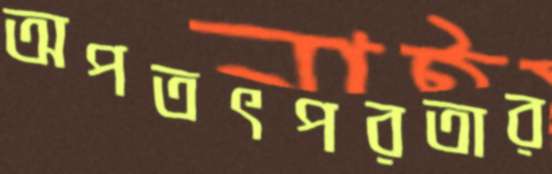
অপতৎপরতার